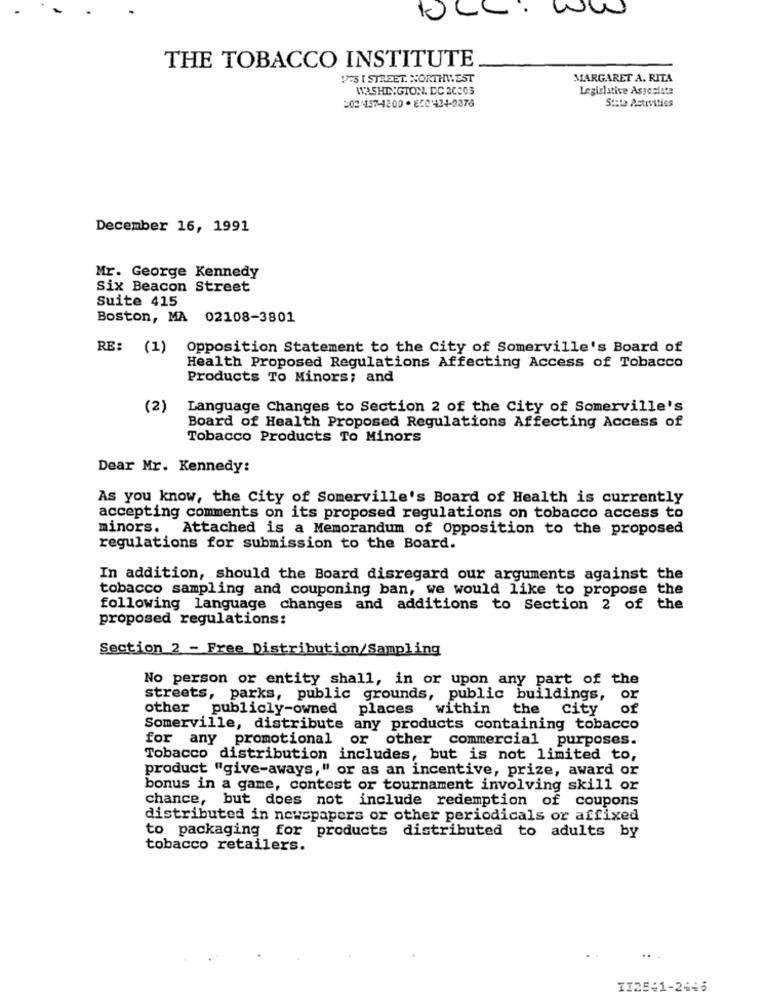
ww
THE TOBACCO INSTITUTE
175 I STREET. NORTHWEST
MARGARET A. RITA
WASHINGTON, DC 20503
Legislative Associate
State Activities
December 16, 1991
Mr. George Kennedy
Six Beacon Street
Suite 415
Boston, MA 02108-3801
RE: (1)
Opposition Statement to the City of Somerville's Board of
Health Proposed Regulations Affecting Access of Tobacco
Products To Minors; and
(2)
Language Changes to Section 2 of the City of Somerville's
Board of Health Proposed Regulations Affecting Access of
Tobacco Products To Minors
Dear Mr. Kennedy:
As you know, the City of Somerville's Board of Health is currently
accepting comments on its proposed regulations on tobacco access to
minors. Attached is a Memorandum of Opposition to the proposed
regulations for submission to the Board.
In addition, should the Board disregard our arguments against the
tobacco sampling and couponing ban, we would like to propose the
following language changes and additions to Section 2 of the
proposed regulations:
Section 2 - Free Distribution/Sampling
No person or entity shall, in or upon any part of the
streets, parks, public grounds, public buildings,
or
other publicly-owned places
within
the
city
of
Somerville, distribute any products containing tobacco
for any promotional or other commercial purposes.
Tobacco distribution includes, but is not limited to,
product "give-aways," or as an incentive, prize, award or
bonus in a game, contest or tournament involving skill or
chance, but does not include redemption of coupons
distributed in newspapers or other periodicals or affixed
to packaging for products distributed to adults by
tobacco retailers.
II25:1-2446